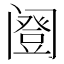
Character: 𬮹